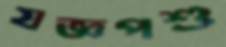
যজ্ঞপশু